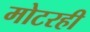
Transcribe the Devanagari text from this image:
मोटरही